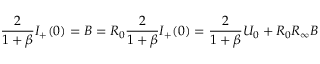
\frac { 2 } { 1 + \beta } I _ { + } ( 0 ) = B = R _ { 0 } \frac { 2 } { 1 + \beta } I _ { + } ( 0 ) = \frac { 2 } { 1 + \beta } U _ { 0 } + R _ { 0 } R _ { \infty } B